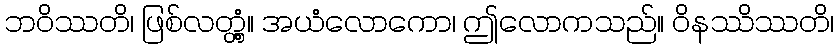
ဘဝိဿတိ၊ ဖြစ်လတ္တံ့။ အယံလောကော၊ ဤလောကသည်။ ဝိနဿိဿတိ၊